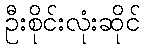
ဦးစိုင်းလုံးဆိုင်